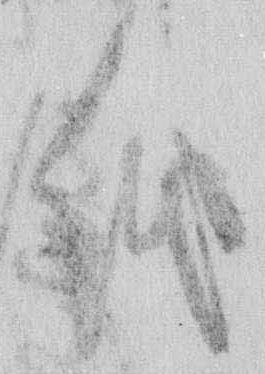
紙